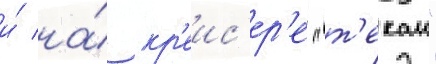
и́ на́ кр'еис'ер'е "т'екаи"